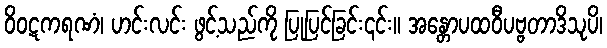
ဝိဝဋကရဏံ၊ ဟင်းလင်း ဖွင့်သည်ကို ပြုပြင်ခြင်း၎င်း။ အန္တောပထဝီပဗ္ဗတာဒိသုပိ၊